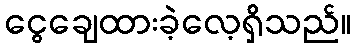
ငွေချေထားခဲ့လေ့ရှိသည်။